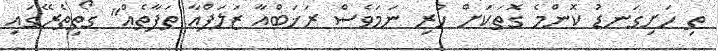
ތި ހަށިގަނޑު ކޮންމެ ގޮތަކަށް ހުރި ނަމަވެސް ރަޚަބްއާ ޒަލަފްއާ ތަފާތެއް" ގޯތިތެރޭގައި